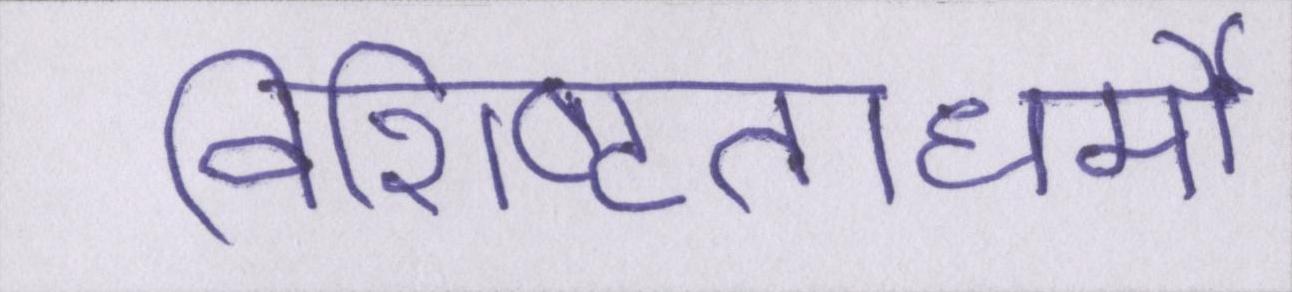
विशिष्टताधर्मी